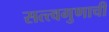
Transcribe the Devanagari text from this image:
सत्त्वगुणाची